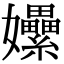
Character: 𡤯